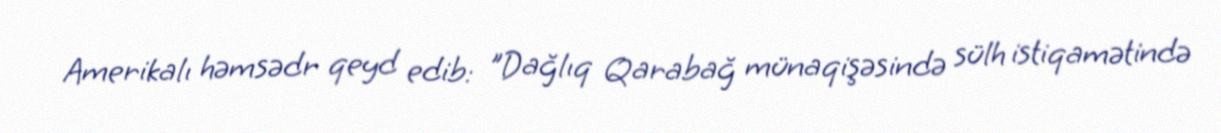
Amerikalı həmsədr qeyd edib: "Dağlıq Qarabağ münaqişəsində sülh istiqamətində